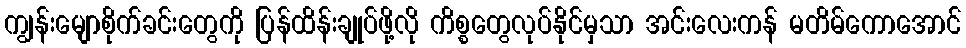
ကျွန်းမျောစိုက်ခင်းတွေကို ပြန်ထိန်းချုပ်ဖို့လို ကိစ္စတွေလုပ်နိုင်မှသာ အင်းလေးကန် မတိမ်ကောအောင်